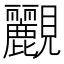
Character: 䚕